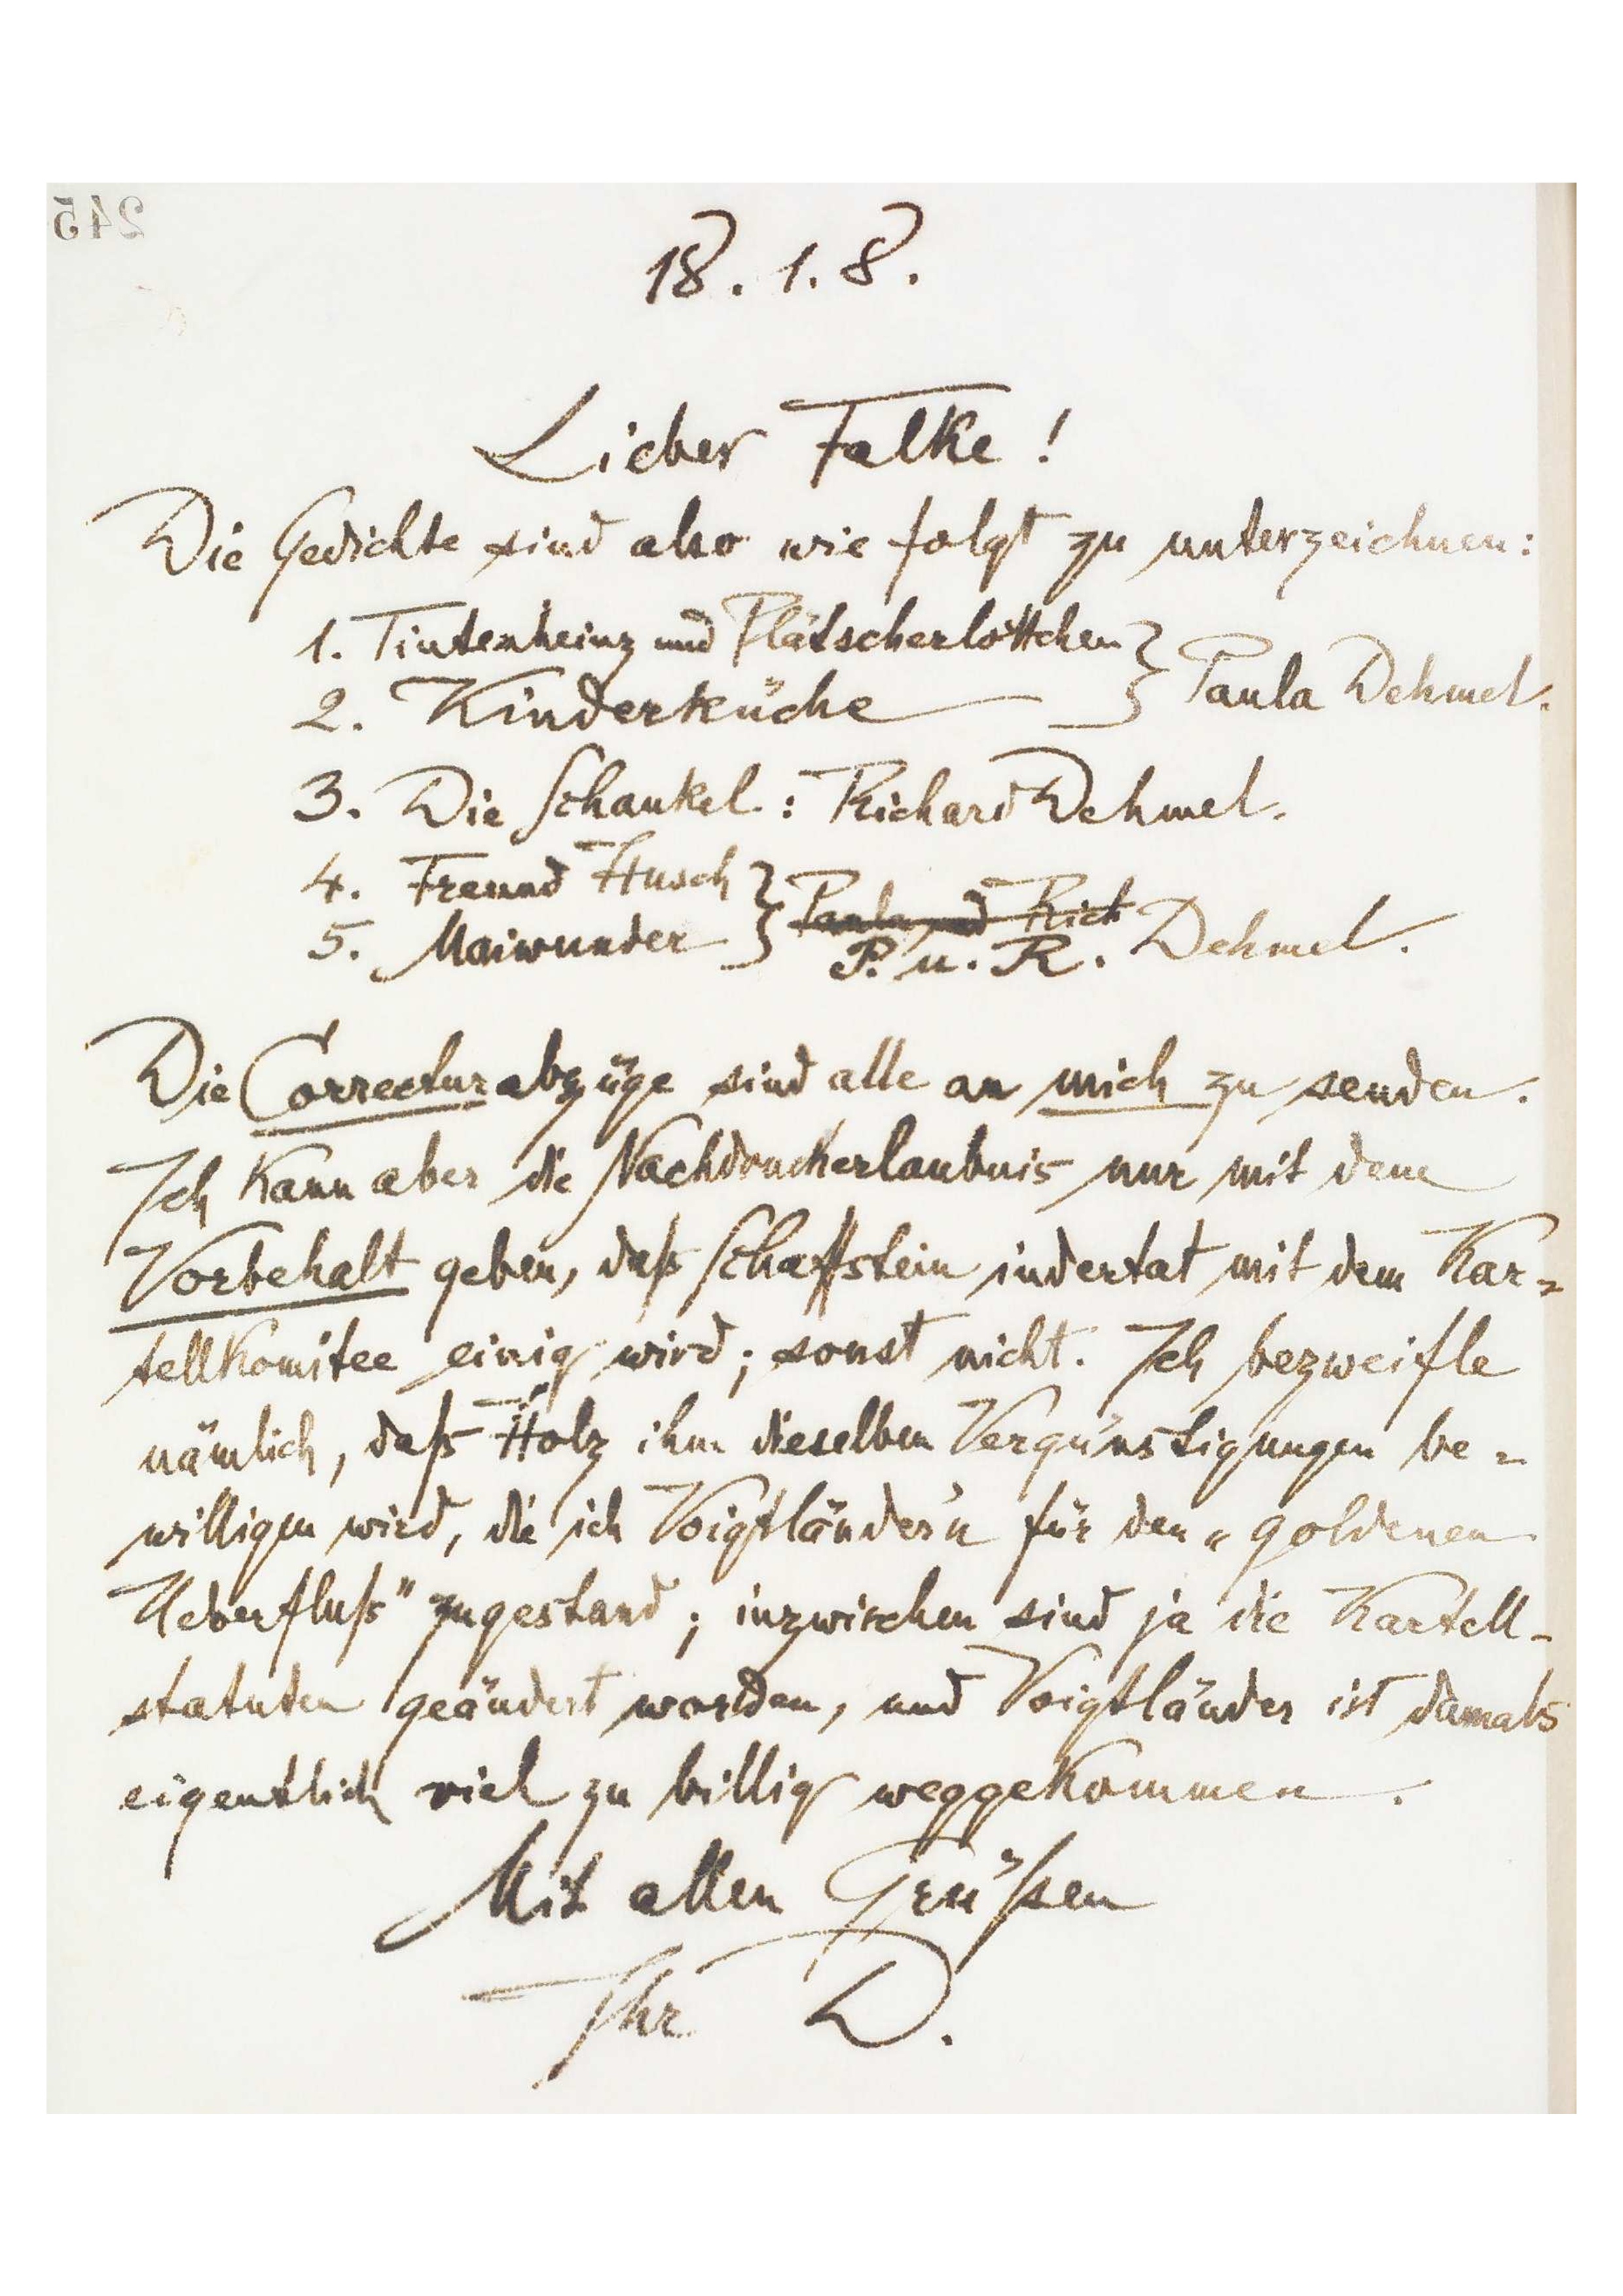
245

18.1.8.
Lieber Falke!
Die Gerichte sind aber wie folgt zu unterzeichnen:
1. Tintenheinz und Plätscherlottchen
Paula Dehmel
2. Kinderküche
3. Die Schaukel: Richard Dehmel
4. Freund Husch
5. Maiwunder Paula Rich
P. u. R. Dehmel
Die Correcturabzüge sind alle an mich zu senden.
Ich kann aber die Nachdruckerlaubnis nur mit dene
Vorbehalt geben, daß Schattstein indertat mit dem Kar-
tellkomitee einig wird; sont nicht. Ich bezweifle
nämlich, daß Holz ihn dieselben Vergünstigungen be-
willigen wird, die ich Voigtläutes für den „goldenen
Uberfluß‟ zugestand, inzwischen sind ja die Kartell-
statuen geänder worden, und Voigtläudes ist damals
eigentlich viel zu billig weggekommen.
Mit allen Grüßen
Ihr D.